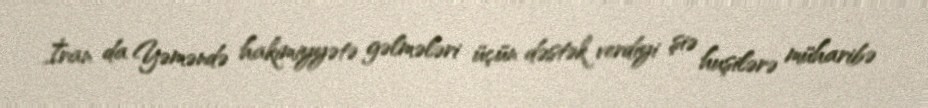
İran da Yəməndə hakimiyyətə gəlmələri üçün dəstək verdiyi şiə huşilərə müharibə